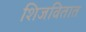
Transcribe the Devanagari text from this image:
शिजवितात